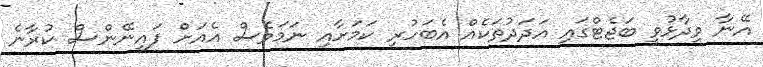
އޭނާ ވިދާޅުވީ ބަޖެޓްގައި އަދަދުތަކެއް އެބަހުރި ކަމަށާއި ނަމަވެސް އެއަށް ފައިނޭންސް ކުރާނެ